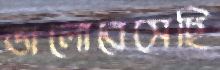
ভালোবেসেছি